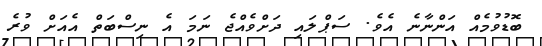
ބޮޑުވުމެއް އަންނާނެ އެވެ. ސަޕްލައި ދަށްވެއްޖެ ނަމަ އެ ނިސްބަތް އެއަށް ވުރެ